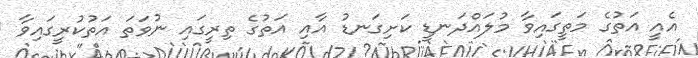
އެއީ އަތުގެ މަތީގައިވާ މުލައްދަނޑީ ކަށިގަނޑު އާއި އަތުގެ ތިރީގައި ނުވަތަ އަތުކުރީގައިވާ